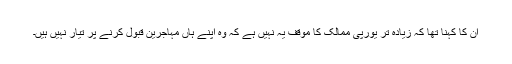
ان کا کہنا تھا کہ زیادہ تر یورپی ممالک کا موقف یہ نہیں ہے کہ وہ اپنے ہاں مہاجرین قبول کرنے پر تیار نہیں ہیں۔